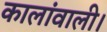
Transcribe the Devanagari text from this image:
कालांवाली।